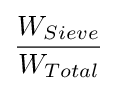
{\frac {W_{Sieve}}{W_{Total}}}